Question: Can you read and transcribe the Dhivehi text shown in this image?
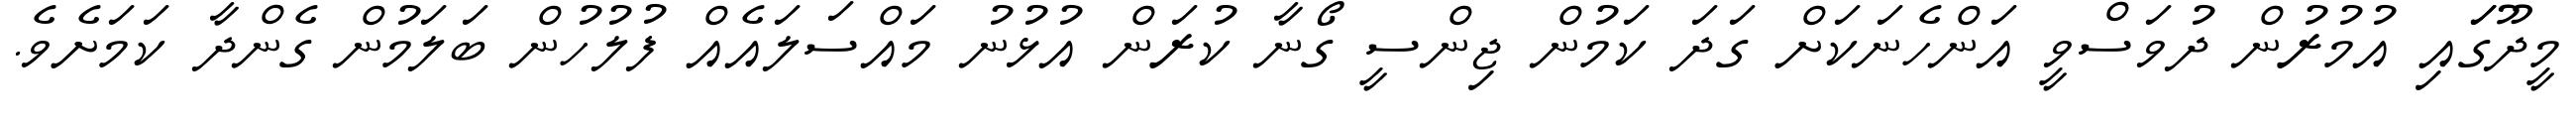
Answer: މީދޫގަައި އުމުރުން ދުވަސްވީ އަންހެނަކަށް ގަދަ ކަމުން ޖިންސީ ގޯނާ ކުރަން އުޅުނު މައްސަލައެއް ފުލުހުން ބަލަމުން ގެންދާ ކަމަށެވެ.